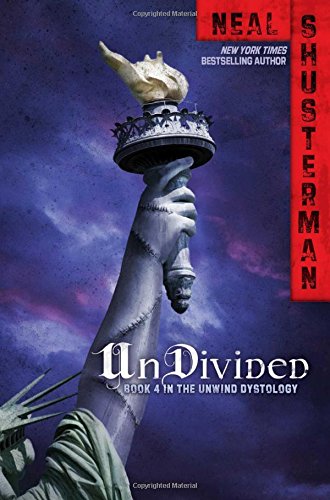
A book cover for UnDivided (Unwind Dystology); Neal Shusterman; Children's Books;